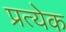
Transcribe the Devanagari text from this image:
प्रत्येेक